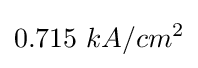
0.715~kA/cm^{2}